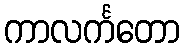
ကာလင်္ကတော